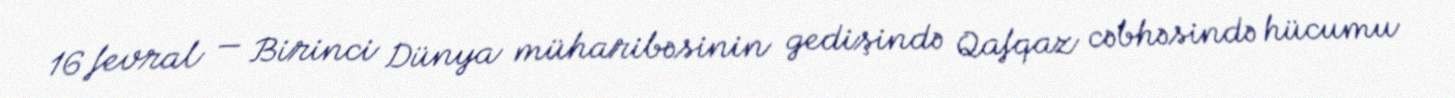
16 fevral — Birinci Dünya müharibəsinin gedişində Qafqaz cəbhəsində hücumu